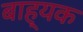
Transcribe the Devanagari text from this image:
बाह्यक